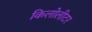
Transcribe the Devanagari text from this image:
किलोलीटर